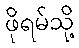
ဖိုရမ်သို့